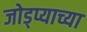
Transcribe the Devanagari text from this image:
जोड्प्याच्या